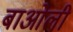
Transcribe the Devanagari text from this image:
बाओली